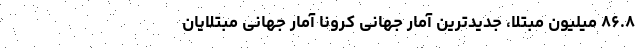
۸۶.۸ میلیون مبتلا، جدیدترین آمار جهانی کرونا آمار جهانیِ مبتلایان